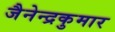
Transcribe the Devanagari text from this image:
जैनेन्द्रकुमार